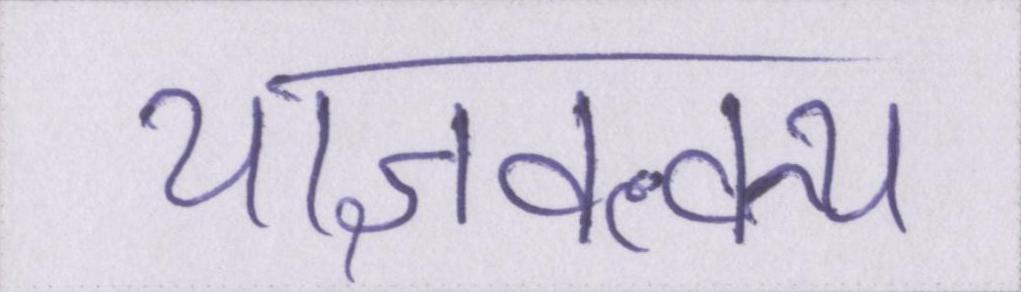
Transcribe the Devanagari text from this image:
याज्ञवल्क्य